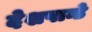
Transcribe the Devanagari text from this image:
देशपान्डे